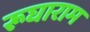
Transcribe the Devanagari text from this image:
रूघाराम